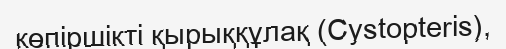
көпіршікті қырыққұлақ (Cystopterіs),